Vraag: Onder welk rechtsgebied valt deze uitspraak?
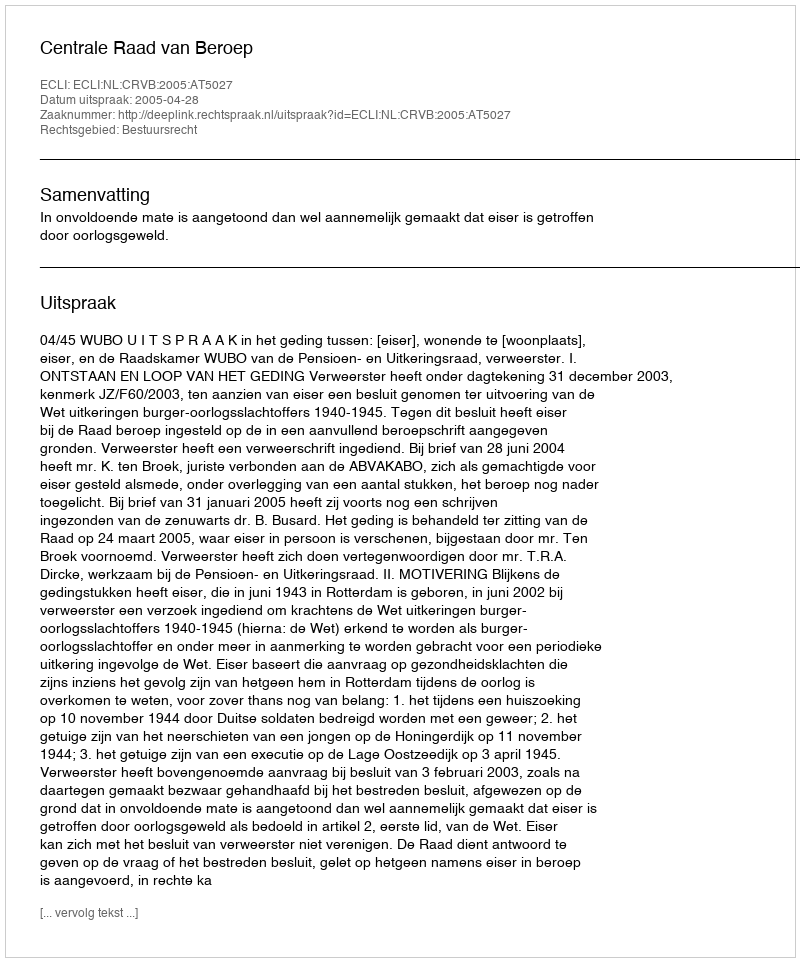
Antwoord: Bestuursrecht